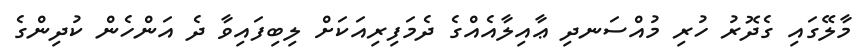
މާލޭގައި ގެދޮރު ހުރި މުއްސަނދި ޢާއިލާއެއްގެ ދެމަފިރިއަކަށް ލިބިފައިވާ ދެ އަންހެން ކުދިންގެ